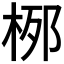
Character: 𪲐